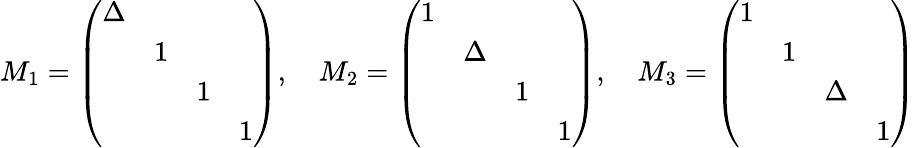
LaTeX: \begin{array}{r}{M_{1}=\left(\begin{array}{llll}{\Delta}&&&\\ &{1}&&\\ &&{1}&\\ &&&{1}\end{array}\right),\quad M_{2}=\left(\begin{array}{llll}{1}&&&\\ &{\Delta}&&\\ &&{1}&\\ &&&{1}\end{array}\right),\quad M_{3}=\left(\begin{array}{llll}{1}&&&\\ &{1}&&\\ &&{\Delta}&\\ &&&{1}\end{array}\right)}\end{array}